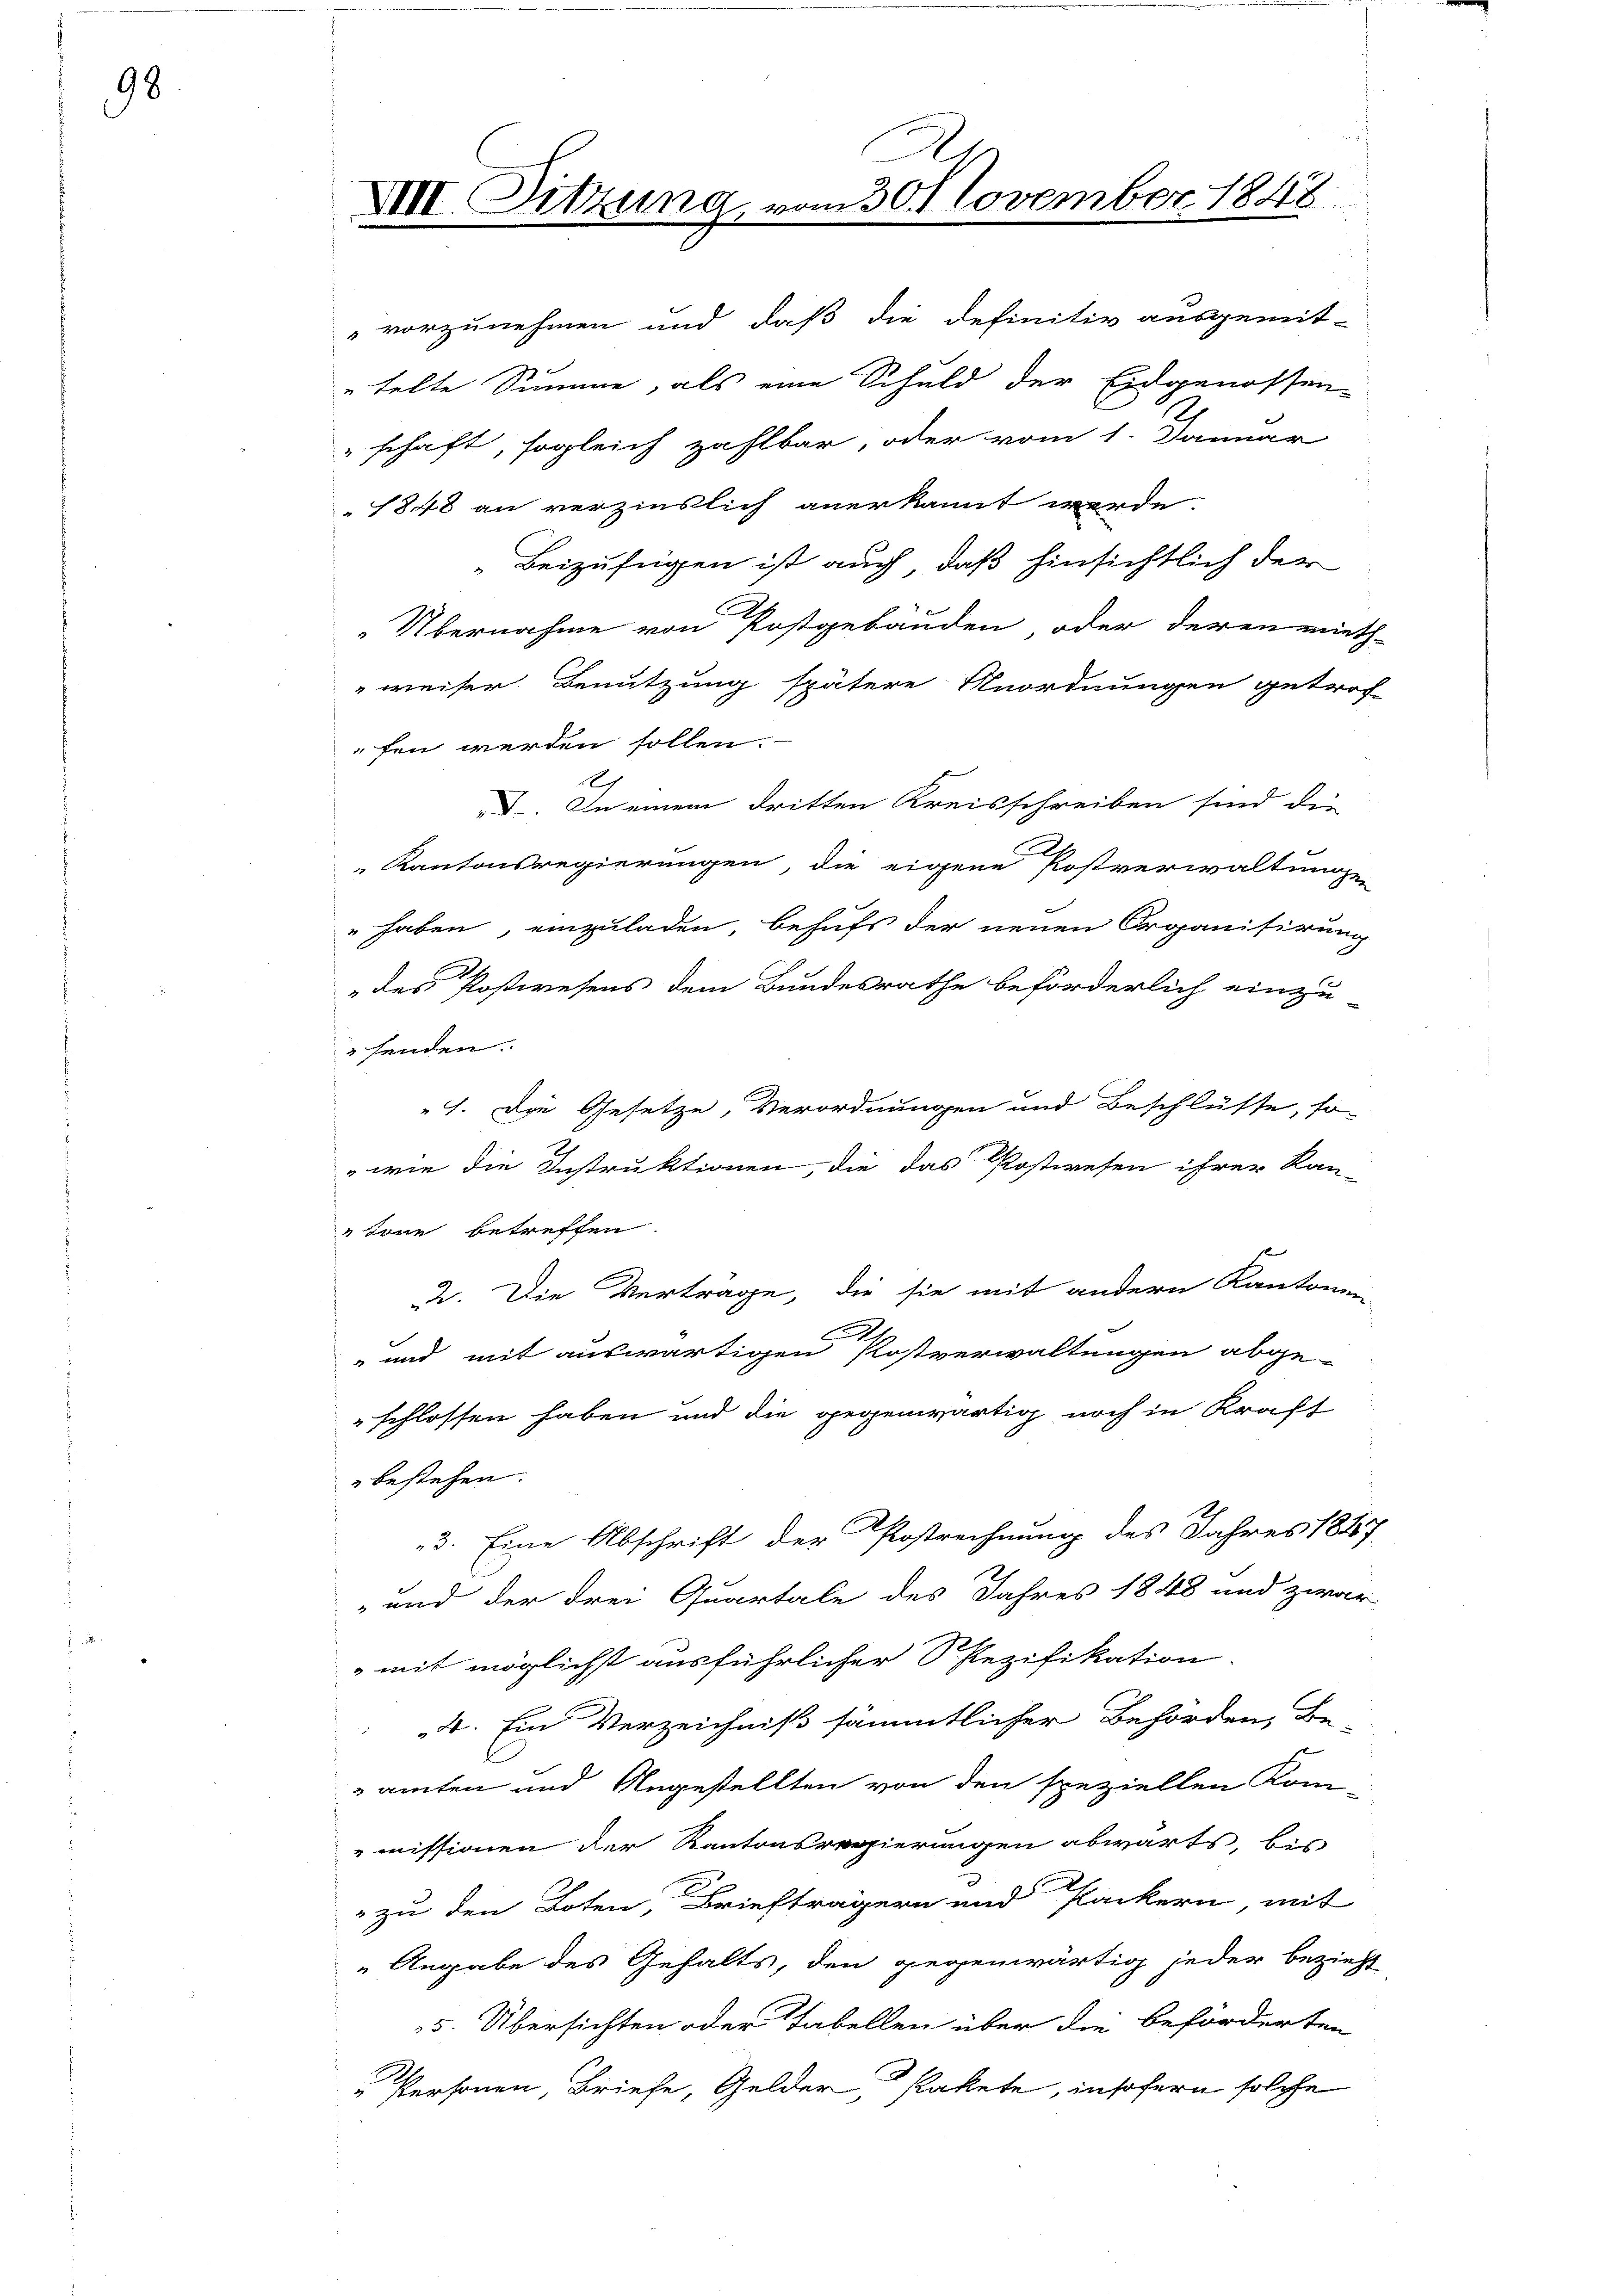
98

VIII. Sitzung

m 30. November 1848.

vorzunehmen und daß die definitiv ausgemit-
telte Summe, als eine Schuld der Eidgenossen-
schaft, sogleich zahlbar, oder vom 1. Danner
1848 an verzinslich anerkannt werde.
Beizufügen ist auch, daß hinsichtlich der
Übernahme von Postgebäuden oder deren mieth-
weiser Benutzung spätere Anordnungen getrof-
fen werden sollen.
I. In einem dritten Kreisschreiben sind die
Kantonsregierungen, die eigene Postverwaltunge
 haben, einzuladen, behufs der neuen Organisirung
des Postwesens dem Bundesrathe beförderlich einzu
senden.
1. Die Gesetze, Verordnungen und Beschlüsse, so-
 wie die Instruktionen, die das Postwesen ihrer Kan-
tone betreffen.
2. Die Vertrage, die sie mit andern Kantonen
.
 und mit auswärtigen Postverwaltungen abge-
schlossen haben und die gegenwärtig noch in Kraft
bestehen.
3. Eine Abschrift der Postrechnung des Jahres 1847
 und der drei Quartale des Jahres 1848 und zwar
mit möglichst ausführlicher Spezifikation
4. Ein Verzeichniß sämmtlicher Behörden, Be-
amten und Angestellten von den speziellen Kom-
missionen der Kantonsregierungen abwärts, bis
" zu den Boten, Briefträgern und Packern, mit
Angabe des Gehalts, den gegenwärtig jeder bezieht
5. Übersichten oder Tabellen über die beförderten
„Personen, Briefe, Gelder, Pakete, insofern solche